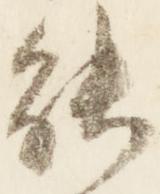
能